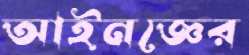
আইনজ্ঞের